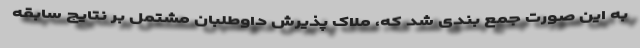
به این صورت جمع بندی شد که، ملاک پذیرش داوطلبان مشتمل بر نتایج سابقه